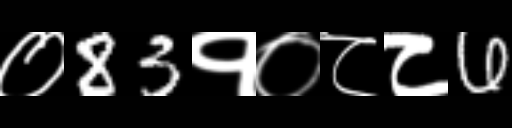
Text: ०83१०८८6